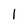
Character: l